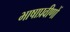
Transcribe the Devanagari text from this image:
भाषाप्रवीणों